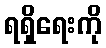
ရရှိရေးကို